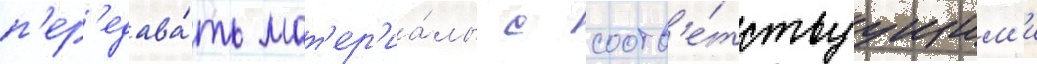
п'ер'едава́ть мат'ер'иа́лы с соотв'е́тствуущим'и